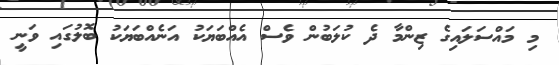
މި މައްސަލައިގެ ޒިންމާ ދެ ކުލަބުން ވެސް އެއްބަޔަކު އަނެއްބަޔަކު ބޮލުގައި ވަނީ